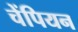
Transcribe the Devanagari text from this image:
चेंपियन